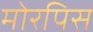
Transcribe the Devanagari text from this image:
मोरपिस